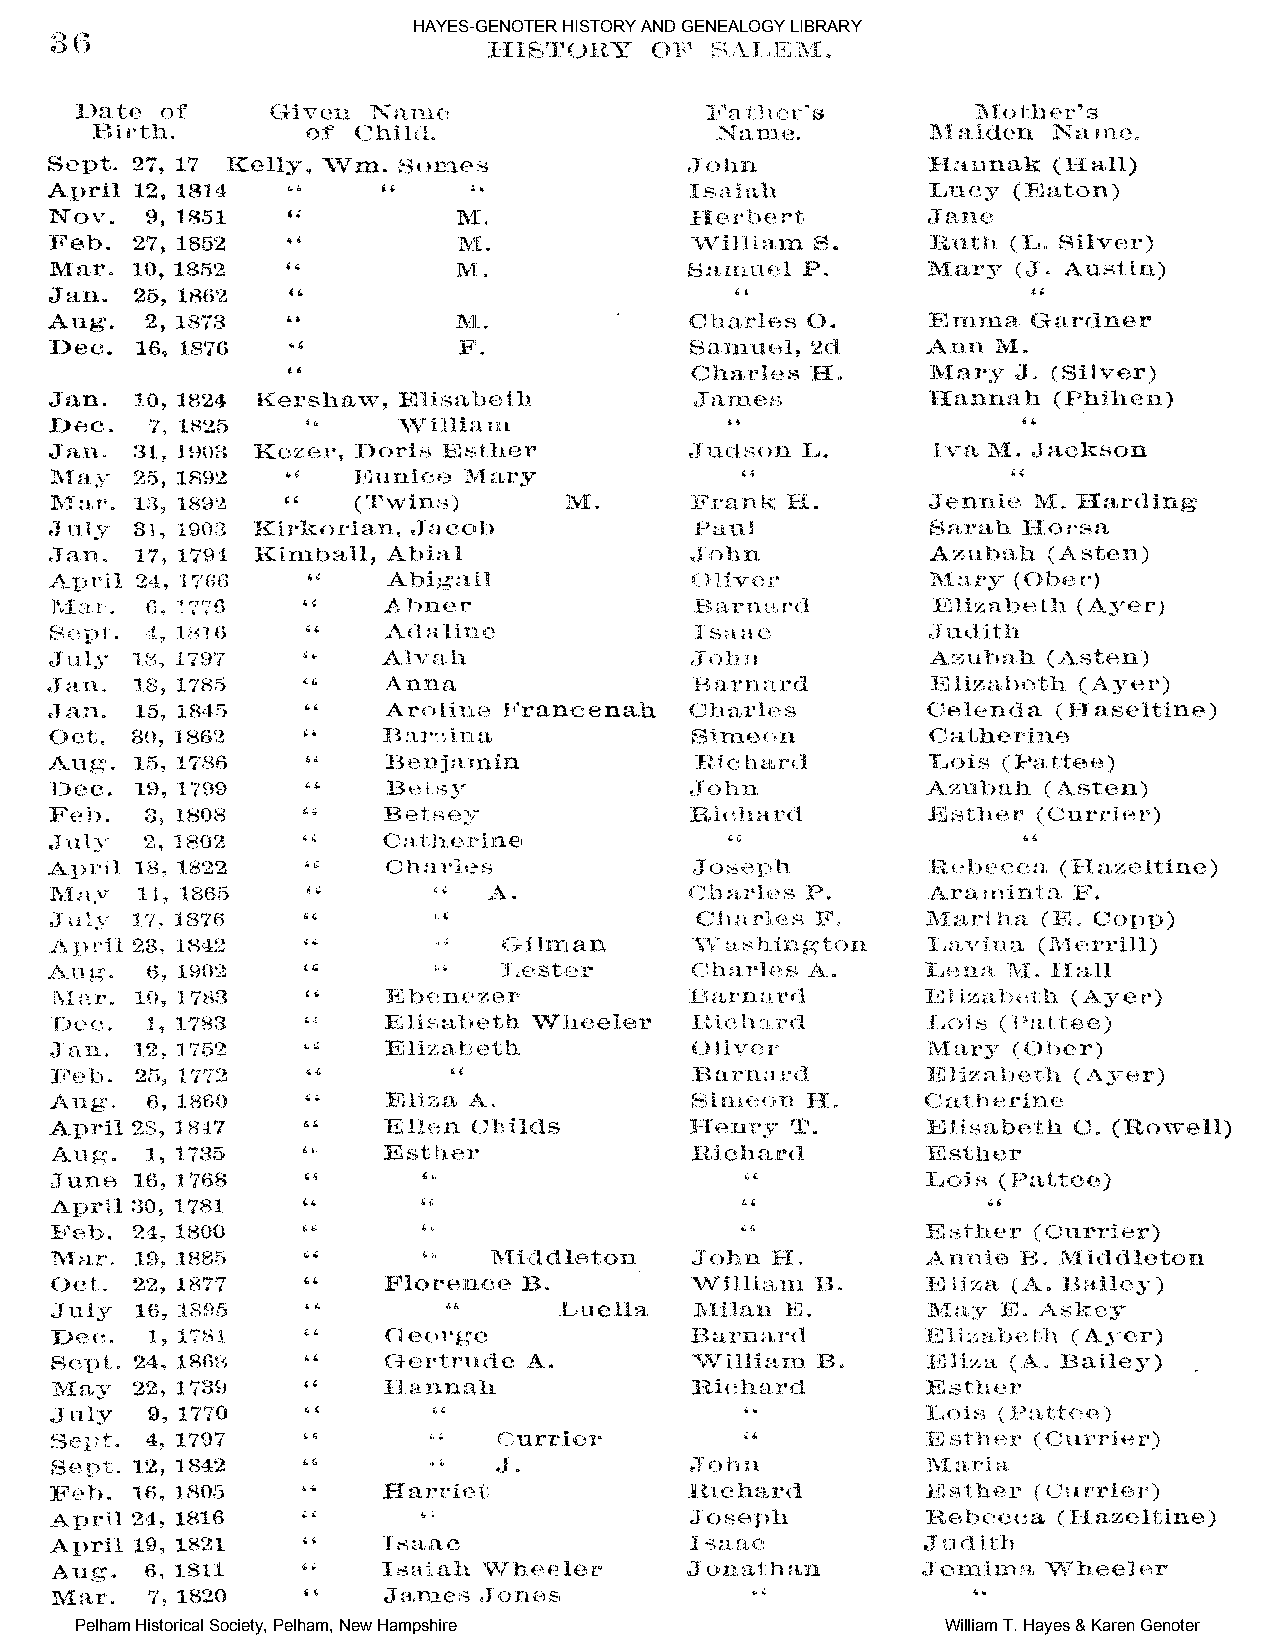
HAYES-GENOTER HISTORY AND GENEALOGY LIBRARY
 Pelham Historical Society, Pelham, New Hampshire          William T. Hayes & Karen Genoter